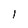
Character: l